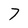
Character: 7